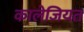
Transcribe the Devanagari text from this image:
कालेजियत